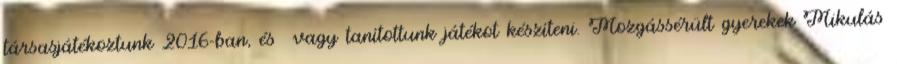
társasjátékoztunk 2016-ban, és vagy tanítottunk játékot készíteni. Mozgássérült gyerekek Mikulás